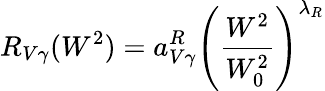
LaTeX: R_{V\gamma}(W^{2})=a_{V\gamma}^{R}\left({\frac{W^{2}}{W_{0}^{2}}}\right)^{\lambda_{R}}